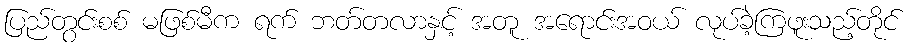
ပြည်တွင်းစစ် မဖြစ်မီက ရက် ဘတ်တလာနှင့် အတူ အရောင်းအဝယ် လုပ်ခဲ့ကြဖူးသည့်တိုင်